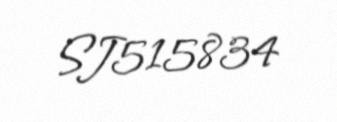
SJ515834